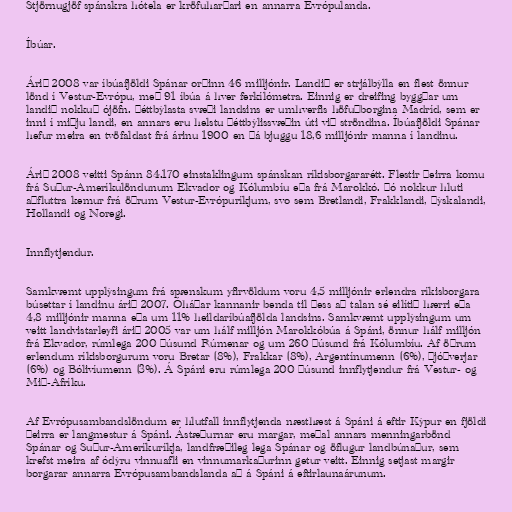
Stjörnugjöf spánskra hótela er kröfuharðari en annarra Evrópulanda.

Íbúar.

Árið 2008 var íbúafjöldi Spánar orðinn 46 milljónir. Landið er strjálbýlla en flest önnur
lönd í Vestur-Evrópu, með 91 íbúa á hver ferkílómetra. Einnig er dreifing byggðar um
landið nokkuð ójöfn. Þéttbýlasta svæði landsins er umhverfis höfuðborgina Madríd, sem er
inni í miðju landi, en annars eru helstu þéttbýlissvæðin úti við ströndina. Íbúafjöldi Spánar
hefur meira en tvöfaldast frá árinu 1900 en þá bjuggu 18,6 milljónir manna í landinu.

Árið 2008 veitti Spánn 84.170 einstaklingum spánskan ríkisborgararétt. Flestir þeirra komu
frá Suður-Ameríkulöndunum Ekvador og Kólumbíu eða frá Marokkó. Þó nokkur hluti
aðfluttra kemur frá öðrum Vestur-Evrópuríkjum, svo sem Bretlandi, Frakklandi, Þýskalandi,
Hollandi og Noregi.

Innflytjendur.

Samkvæmt upplýsingum frá spænskum yfirvöldum voru 4,5 milljónir erlendra ríkisborgara
búsettar í landinu árið 2007. Óháðar kannanir benda til þess að talan sé eilítið hærri eða
4,8 milljónir manna eða um 11% heildaríbúafjölda landsins. Samkvæmt upplýsingum um
veitt landvistarleyfi árið 2005 var um hálf milljón Marokkóbúa á Spáni, önnur hálf milljón
frá Ekvador, rúmlega 200 þúsund Rúmenar og um 260 þúsund frá Kólumbíu. Af öðrum
erlendum ríkisborgurum voru Bretar (8%), Frakkar (8%), Argentínumenn (6%), Þjóðverjar
(6%) og Bólivíumenn (3%). Á Spáni eru rúmlega 200 þúsund innflytjendur frá Vestur- og
Mið-Afríku.

Af Evrópusambandslöndum er hlutfall innflytjenda næsthæst á Spáni á eftir Kýpur en fjöldi
þeirra er langmestur á Spáni. Ástæðurnar eru margar, meðal annars menningarbönd
Spánar og Suður-Ameríkuríkja, landfræðileg lega Spánar og öflugur landbúnaður, sem
krefst meira af ódýru vinnuafli en vinnumarkaðurinn getur veitt. Einnig setjast margir
borgarar annarra Evrópusambandslanda að á Spáni á eftirlaunaárunum.